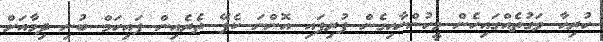
ހުރިހާ ވަގުތެއްގައިހެން މީހުންނާއިގެން ފުރިފައި އޮންނަ ކެފޭ ތެރެއިން ފައިހަމް ބުނި ދިމާއަށް